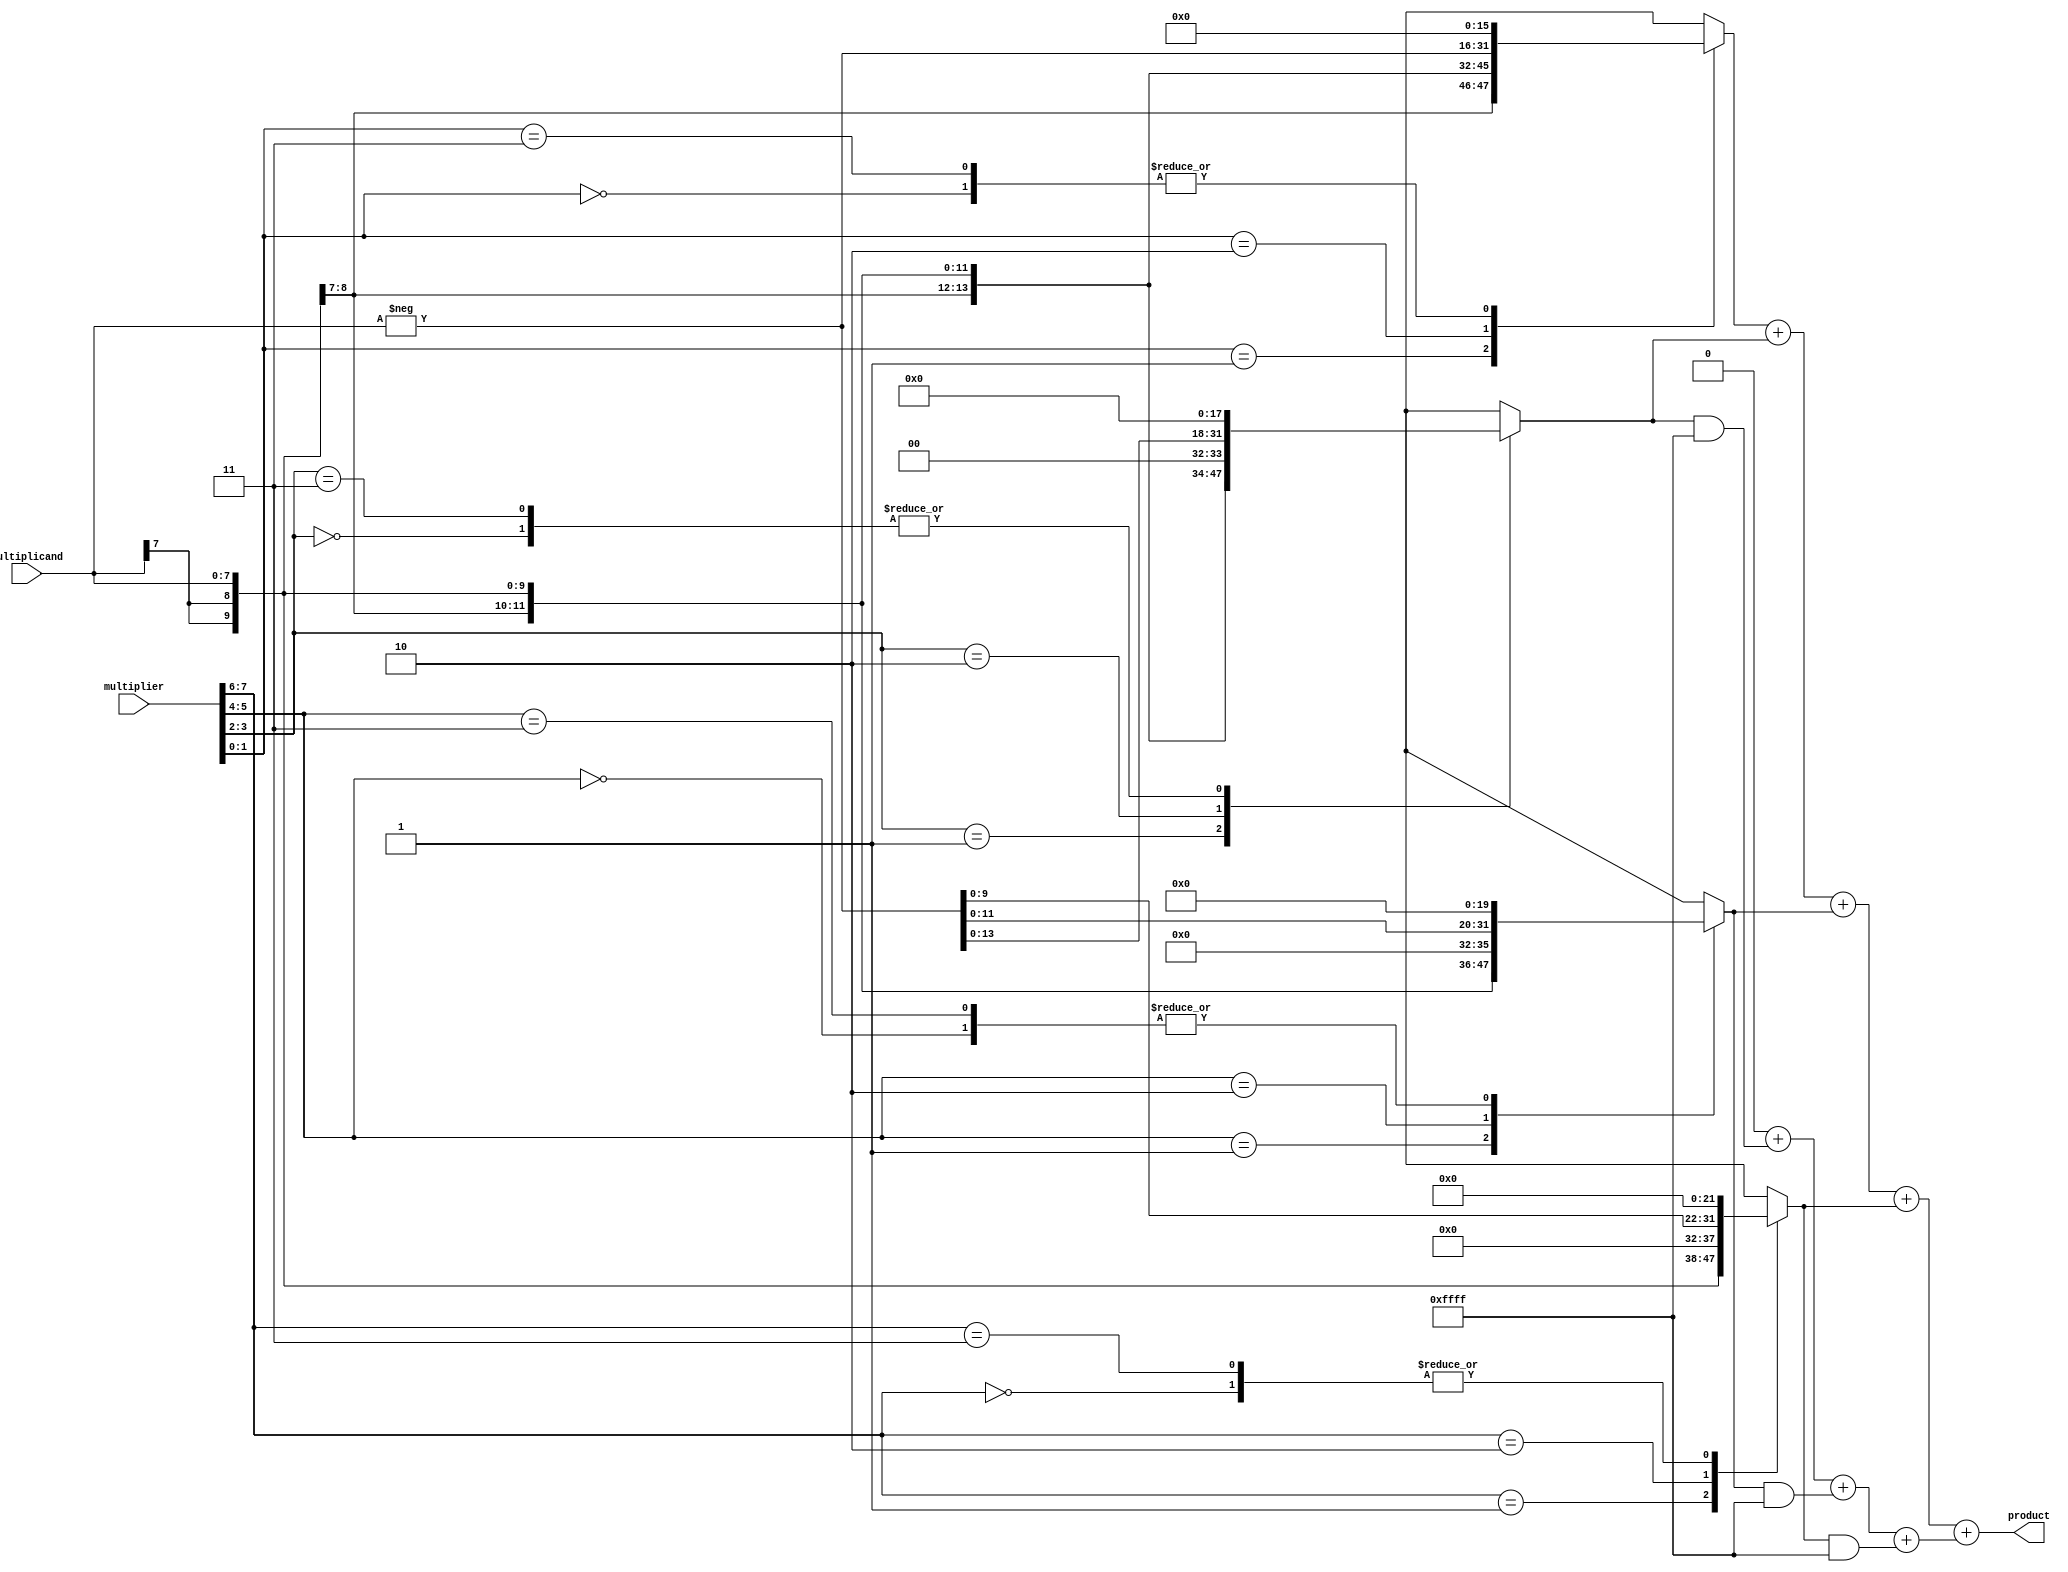
module booth_multiplier (
    input signed [A_WIDTH-1:0] multiplicand,
    input signed [B_WIDTH-1:0] multiplier,
    output reg signed [(A_WIDTH + B_WIDTH)-1:0] product
);
    parameter A_WIDTH = 8; // Width of the multiplicand
    parameter B_WIDTH = 8; // Width of the multiplier

    reg signed [(A_WIDTH + B_WIDTH)-1:0] partial_products [0:((B_WIDTH + 1)/2)-1];
    reg [B_WIDTH:0] booth_reg; // To hold the multiplier and a zero for Booth's algorithm
    integer i;

    // Booth Encoding Unit
    always @(*) begin
        booth_reg = {1'b0, multiplier}; // Extend the multiplier with an extra zero
        for (i = 0; i < (B_WIDTH + 1) / 2; i = i + 1) begin
            case (booth_reg[2*i +: 2]) // Check the two bits
                2'b00: partial_products[i] = 0; // Do nothing
                2'b01: partial_products[i] = multiplicand << (2*i); // Add multiplicand
                2'b10: partial_products[i] = -multiplicand << (2*i); // Subtract multiplicand
                2'b11: partial_products[i] = 0; // Do nothing
            endcase
        end
    end

    // Wallace Tree Reduction
    wire [A_WIDTH + B_WIDTH - 1:0] sum [0:((B_WIDTH + 1)/2)-1];
    wire [A_WIDTH + B_WIDTH - 1:0] carry [0:((B_WIDTH + 1)/2)-1];

    generate
        genvar j;
        for (j = 0; j < (B_WIDTH + 1)/2; j = j + 1) begin : reduction
            if (j == 0) begin
                assign sum[j] = partial_products[j];
                assign carry[j] = 0;
            end else begin
                wire [A_WIDTH + B_WIDTH - 1:0] temp_sum, temp_carry;
                assign temp_sum = sum[j-1] + partial_products[j];
                assign temp_carry = carry[j-1] + (partial_products[j] & {A_WIDTH + B_WIDTH{1'b1}});
                assign sum[j] = temp_sum;
                assign carry[j] = temp_carry;
            end
        end
    endgenerate

    // Final Addition
    always @(*) begin
        product = sum[(B_WIDTH + 1)/2 - 1] + carry[(B_WIDTH + 1)/2 - 1];
    end

endmodule